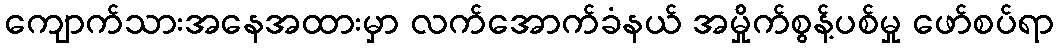
ကျောက်သားအနေအထားမှာ လက်အောက်ခံနယ် အမှိုက်စွန့်ပစ်မှု ဖော်စပ်ရာ